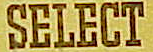
SELECT